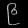
Digit: ၉